Vaccine operations Central Provinces 1868-1885 - 1868-1885
Year: 1868
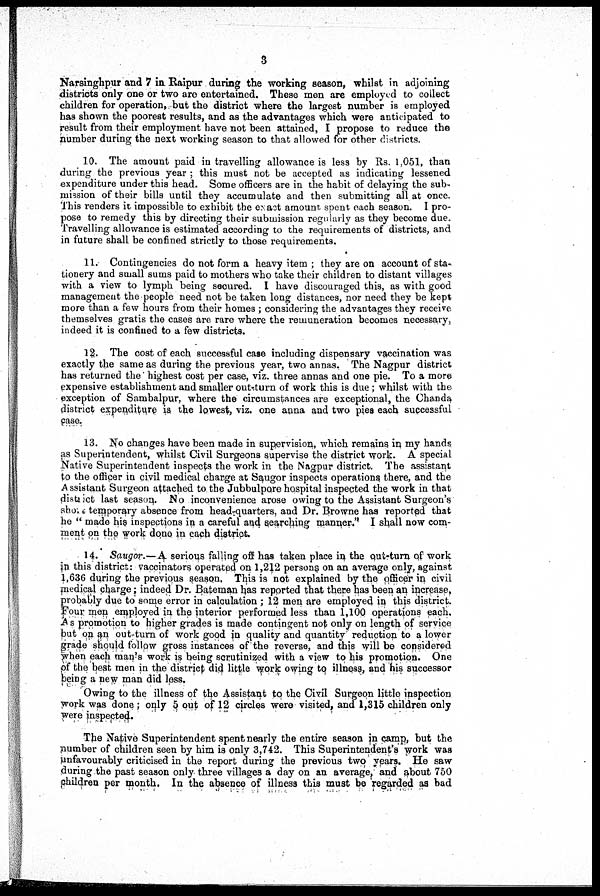
3
Narsinghpur and 7 in Raipur during the working season, whilst in adjoining
districts only one or two are entertained. These men are employed to collect
children for operation, but the district where the largest number is employed
has shown the poorest results, and as the advantages which were anticipated to
result from their employment have not been attained, I propose to reduce the
number during the next working season to that allowed for other districts.
10. The amount paid in travelling allowance is less by Rs. 1,051, than
during the previous year ; this must not be accepted as indicating lessened
expenditure under this head. Some officers are in the habit of delaying the sub-
mission of their bills until they accumulate and then submitting all at once.
This renders it impossible to exhibit the exact amount, spent each season. I pro-
pose to remedy this by directing their submission regularly as they become due.
Travelling allowance is estimated according to the requirements of districts, and
in future shall be confined strictly to those requirements.
11. Contingencies do not form a heavy item ; they are on account of sta-
tionery and small sums paid to mothers who take their children to distant villages
with a view to lymph being secured. I have discouraged this, as with good
management the people need not be taken long distances, nor need they be kept
more than a few hours from their homes ; considering the advantages they receive
themselves gratis the cases are rare where the remuneration becomes necessary,
indeed it is confined to a few districts.
12. The cost of each successful case including dispensary vaccination was
exactly the same as during the previous year, two annas. The Nagpur district
has returned the highest cost per case, viz. three annas and one pie. To a more
expensive establishment and smaller out-turn of work this is due ; whilst with the
exception of Sambalpur, where the circumstances are exceptional, the Chanda
district expenditure is the lowest, viz. one anna and two pies each successful
case.
13. No changes have been made in supervision, which remains in, my hands
as Superintendent, whilst Civil Surgeons supervise the district work. A special
Native Superintendent inspects the work in the Nagpur district. The assistant
to the officer in civil medical charge at Saugor inspects operations there, and the
A ssistant Surgeon attached to the Jubbulpore hospital inspected the work in that
district last season. No inconvenience arose owing to the Assistant Surgeon's
short temporary absence from head-quarters, and Dr. Browne has reported that
he " made his inspections in a careful and searching manner." I shall now com-
ment on the work done in each district.
14. Saugor.—A serious falling off has taken place in the out-turn of work
in this district: vaccinators operated on 1,212 persons on an average only, against
1,636 during the previous season. This is not explained by the officer in civil
medical charge; indeed Dr. Bateman has reported that there has been an increase,
probably due to some error in calculation ; 12 men are employed in this district.
Four men employed in the interior performed less than 1,100 operations each.
As promotion to higher grades is made contingent not only on length of service
but on an out-turn of work good in quality and quantity reduction to a lower
grade should follow gross instances of' the reverse, and this will be considered
when each man's work is being scrutinized with a view to his promotion. One
of the best men in the district did little work owing to illness, and his successor
being a new man did less.
Owing to the illness of the Assistant to the Civil Surgeon little inspection
work was done; only 5 out of 12 circles were visited, and 1,315 children only
were inspected.
The Native Superintendent spent nearly the entire season in camp, but the
number of children seen by him is only 3,742. This Superintendent's work was
unfavourably criticised in the report during the previous two years. He saw
during the past season only three villages a day on an average, and about 750
children per month. In the absence of illness this must be 'regarded as bad